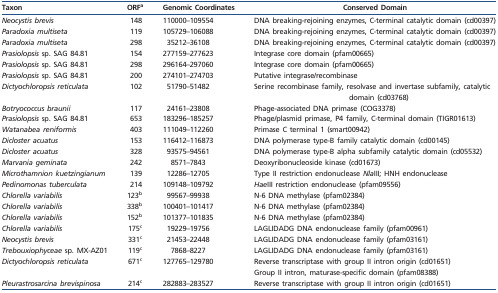
<table><thead><tr><td><b>Taxon</b></td><td><b>ORF<sup>a</sup></b></td><td><b>Genomic Coordinates</b></td><td><b>Conserved Domain</b></td></tr></thead><tbody><tr><td><i>Neocystis brevis</i></td><td>148</td><td>110000–109554</td><td>DNA breaking-rejoining enzymes, C-terminal catalytic domain (cd00397)</td></tr><tr><td><i>Paradoxia multiseta</i></td><td>119</td><td>105729–106088</td><td>DNA breaking-rejoining enzymes, C-terminal catalytic domain (cd00397)</td></tr><tr><td><i>Paradoxia multiseta</i></td><td>298</td><td>35212–36108</td><td>DNA breaking-rejoining enzymes, C-terminal catalytic domain (cd00397)</td></tr><tr><td><i>Prasiolopsis</i> sp. SAG 84.81</td><td>154</td><td>277159–277623</td><td>Integrase core domain (pfam00665)</td></tr><tr><td><i>Prasiolopsis</i> sp. SAG 84.81</td><td>298</td><td>296164–297060</td><td>Integrase core domain (pfam00665)</td></tr><tr><td><i>Prasiolopsis</i> sp. SAG 84.81</td><td>200</td><td>274101–274703</td><td>Putative integrase/recombinase</td></tr><tr><td><i>Dictyochloropsis reticulata</i></td><td>102</td><td>51790–51482</td><td>Serine recombinase family, resolvase and invertase subfamily, catalytic domain (cd03768)</td></tr><tr><td><i>Botryococcus braunii</i></td><td>117</td><td>24161–23808</td><td>Phage-associated DNA primase (COG3378)</td></tr><tr><td><i>Prasiolopsis</i> sp. SAG 84.81</td><td>653</td><td>183296–185257</td><td>Phage/plasmid primase, P4 family, C-terminal domain (TIGR01613)</td></tr><tr><td><i>Watanabea reniformis</i></td><td>403</td><td>111049–112260</td><td>Primase C terminal 1 (smart00942)</td></tr><tr><td><i>Dicloster acuatus</i></td><td>153</td><td>116412–116873</td><td>DNA polymerase type-B family catalytic domain (cd00145)</td></tr><tr><td><i>Dicloster acuatus</i></td><td>328</td><td>93575–94561</td><td>DNA polymerase type-B alpha subfamily catalytic domain (cd05532)</td></tr><tr><td><i>Marvania geminata</i></td><td>242</td><td>8571–7843</td><td>Deoxyribonucleoside kinase (cd01673)</td></tr><tr><td><i>Microthamnion kuetzingianum</i></td><td>139</td><td>12286–12705</td><td>Type II restriction endonuclease <i>Nla</i>III; HNH endonuclease</td></tr><tr><td><i>Pedinomonas tuberculata</i></td><td>214</td><td>109148–109792</td><td><i>Hae</i>III restriction endonuclease (pfam09556)</td></tr><tr><td><i>Chlorella variabilis</i></td><td>123<sup>b</sup></td><td>99567–99938</td><td>N-6 DNA methylase (pfam02384)</td></tr><tr><td><i>Chlorella variabilis</i></td><td>338<sup>b</sup></td><td>100401–101417</td><td>N-6 DNA methylase (pfam02384)</td></tr><tr><td><i>Chlorella variabilis</i></td><td>152<sup>b</sup></td><td>101377–101835</td><td>N-6 DNA methylase (pfam02384)</td></tr><tr><td><i>Chlorella variabilis</i></td><td>175<sup>c</sup></td><td>19229–19756</td><td>LAGLIDADG DNA endonuclease family (pfam00961)</td></tr><tr><td><i>Neocystis brevis</i></td><td>331<sup>c</sup></td><td>21453–22448</td><td>LAGLIDADG DNA endonuclease family (pfam03161)</td></tr><tr><td><i>Trebouxiophyceae</i> sp. MX-AZ01</td><td>119<sup>c</sup></td><td>7868–8227</td><td>LAGLIDADG DNA endonuclease family (pfam03161)</td></tr><tr><td><i>Dictyochloropsis reticulata</i></td><td>671<sup>c</sup></td><td>127765–129780</td><td>Reverse transcriptase with group II intron origin (cd01651)</td></tr><tr><td></td><td></td><td></td><td>Group II intron, maturase-specific domain (pfam08388)</td></tr><tr><td><i>Pleurastrosarcina brevispinosa</i></td><td>214<sup>c</sup></td><td>282883–283527</td><td>Reverse transcriptase with group II intron origin (cd01651)</td></tr></tbody></table>